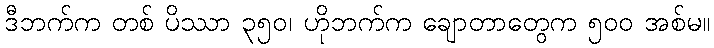
ဒီဘက်က တစ် ပိဿာ ၃၅၀၊ ဟိုဘက်က ချောတာတွေက ၅၀၀ အစ်မ။